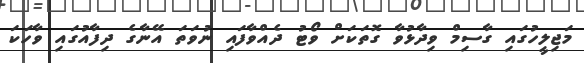
މަޖިލީހުގައި ގާސިމް ވިދާޅުވާ ގޮތަކަށް ވޯޓު ދެއްވާފައި ނުވަތަ އޭނާގެ ދިފާއުގައި ވާހަކަ